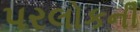
પરલોકની